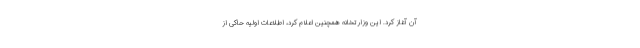
آن آغاز کرد. این وزارتخانه همچنین اعلام کرد، اطلاعات اولیه حاکی از